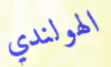
الهولندي